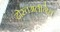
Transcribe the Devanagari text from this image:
दोस्तअलीनेच